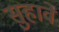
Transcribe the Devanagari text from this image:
सुहावे